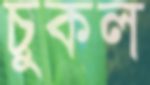
চুকল